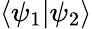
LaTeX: \langle\psi_{1}|\psi_{2}\rangle